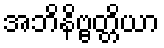
အဘိနိဗ္ဗတ္တိယာ